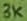
Text: 3K